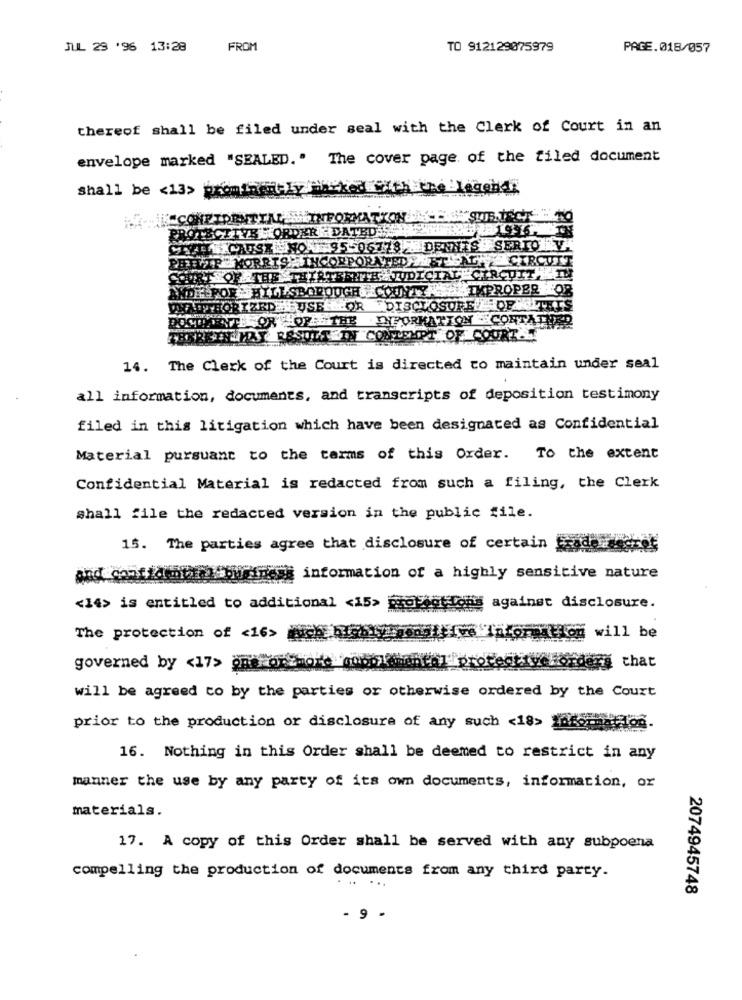
JUL 23 '96 13:28
FROM
TO 912129075979
PAGE.018/057
thereof shall be filed under seal with the Clerk of Court in an
envelope marked "SEALED .. The cover page of the tiled document
shall be <13> prominmitly Marked with the legend
7 .- CONFIDENTILL WEINFORMATION
PROTECETYE "ORDER DATED.H.W
31996.
CAUSA HOAT 95-06778 DENNES SERIO VA
MORRIS: INCORPORATEDAF LEXCHE CIRCUIT
THATUDICIALE CIRCUITARIN
OF THE TAT
TYPROPER OF
HILLSBOR
DISCLOSURE L OPINIEE
TON CONTATHER
CEMPT OF COURT
14. The Clerk of the Court is directed to maintain under seal
all information, documents, and transcripts of deposition testimony
filed in this litigation which have been designated as Confidential
Material pursuant to the terms of this Order. To the extent
Confidential Material is redacted from such a filing, the Clerk
shall file the redacted version in the public file.
15. The parties agree that disclosure of certain
# information of a highly sensitive nature
<14> is entitled to additional <15> proFagt Com
against disclosure.
The protection of <16>
laformation will be
that
governed by <17> one o
will be agreed co by the parties or otherwise ordered by the Court
prior to the production or disclosure of any such <18> 106546
16. Nothing in this Order shall be deemed to restrict in any
manner the use by any party of its own documents, information, or
materials.
17. A copy of this Order shall be served with any subpoena
compelling the production of documents from any third party.
...
2074945748
- 9 -